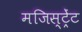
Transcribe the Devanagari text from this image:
मजिस्ट्रेंट